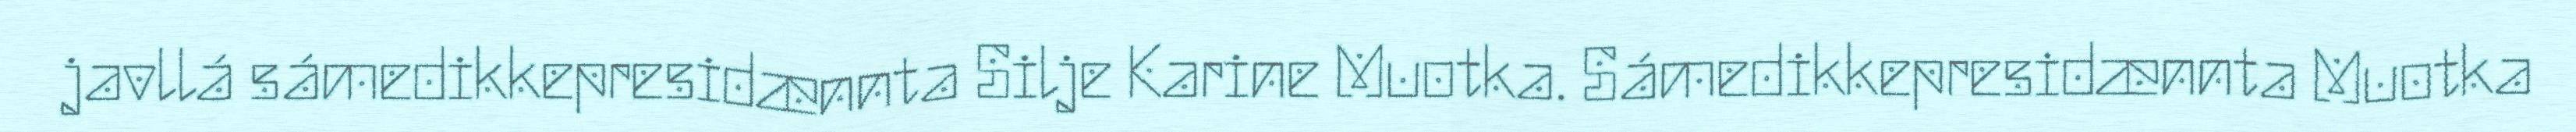
javllá sámedikkepresidænnta Silje Karine Muotka. Sámedikkepresidænnta Muotka